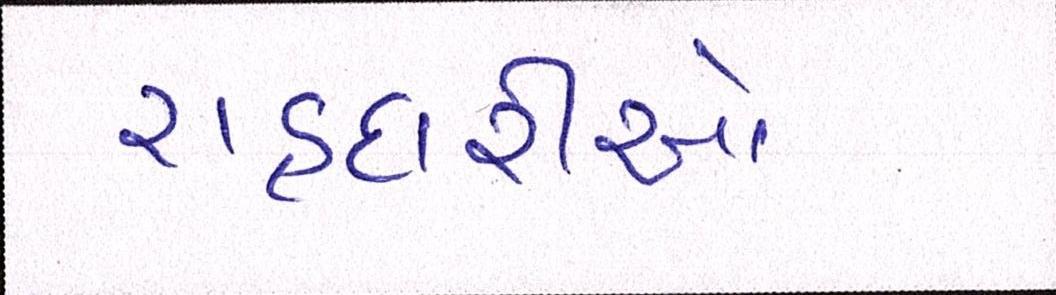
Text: રાહદારીઓ